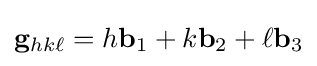
\mathbf {g} _{hk\ell }=h\mathbf {b} _{1}+k\mathbf {b} _{2}+\ell \mathbf {b} _{3}